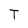
Character: T